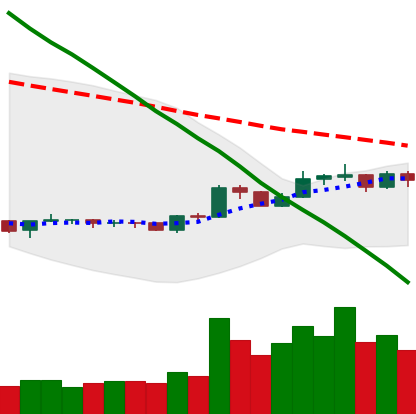
Ticker: BNB-USD
Chart end date: 2019-10-18
Forward return: -8.453%
Label: down_7plus